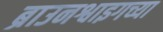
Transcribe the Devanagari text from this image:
ब्राउनश्वाइगच्या